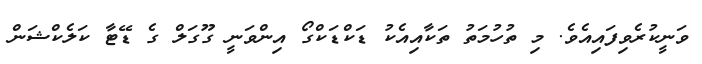
ވަނީކުރެވިފައިއެވެ. މި ތުހުމަތު ތަކާއިއެކު ޑަކްޑަކްގޯ އިންވަނީ ގޫގަލް ގެ ޑޭޓާ ކަލެކްޝަން